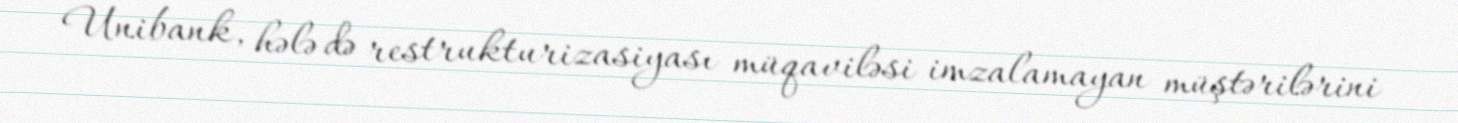
Unibank, hələ də restrukturizasiyası müqaviləsi imzalamayan müştərilərini